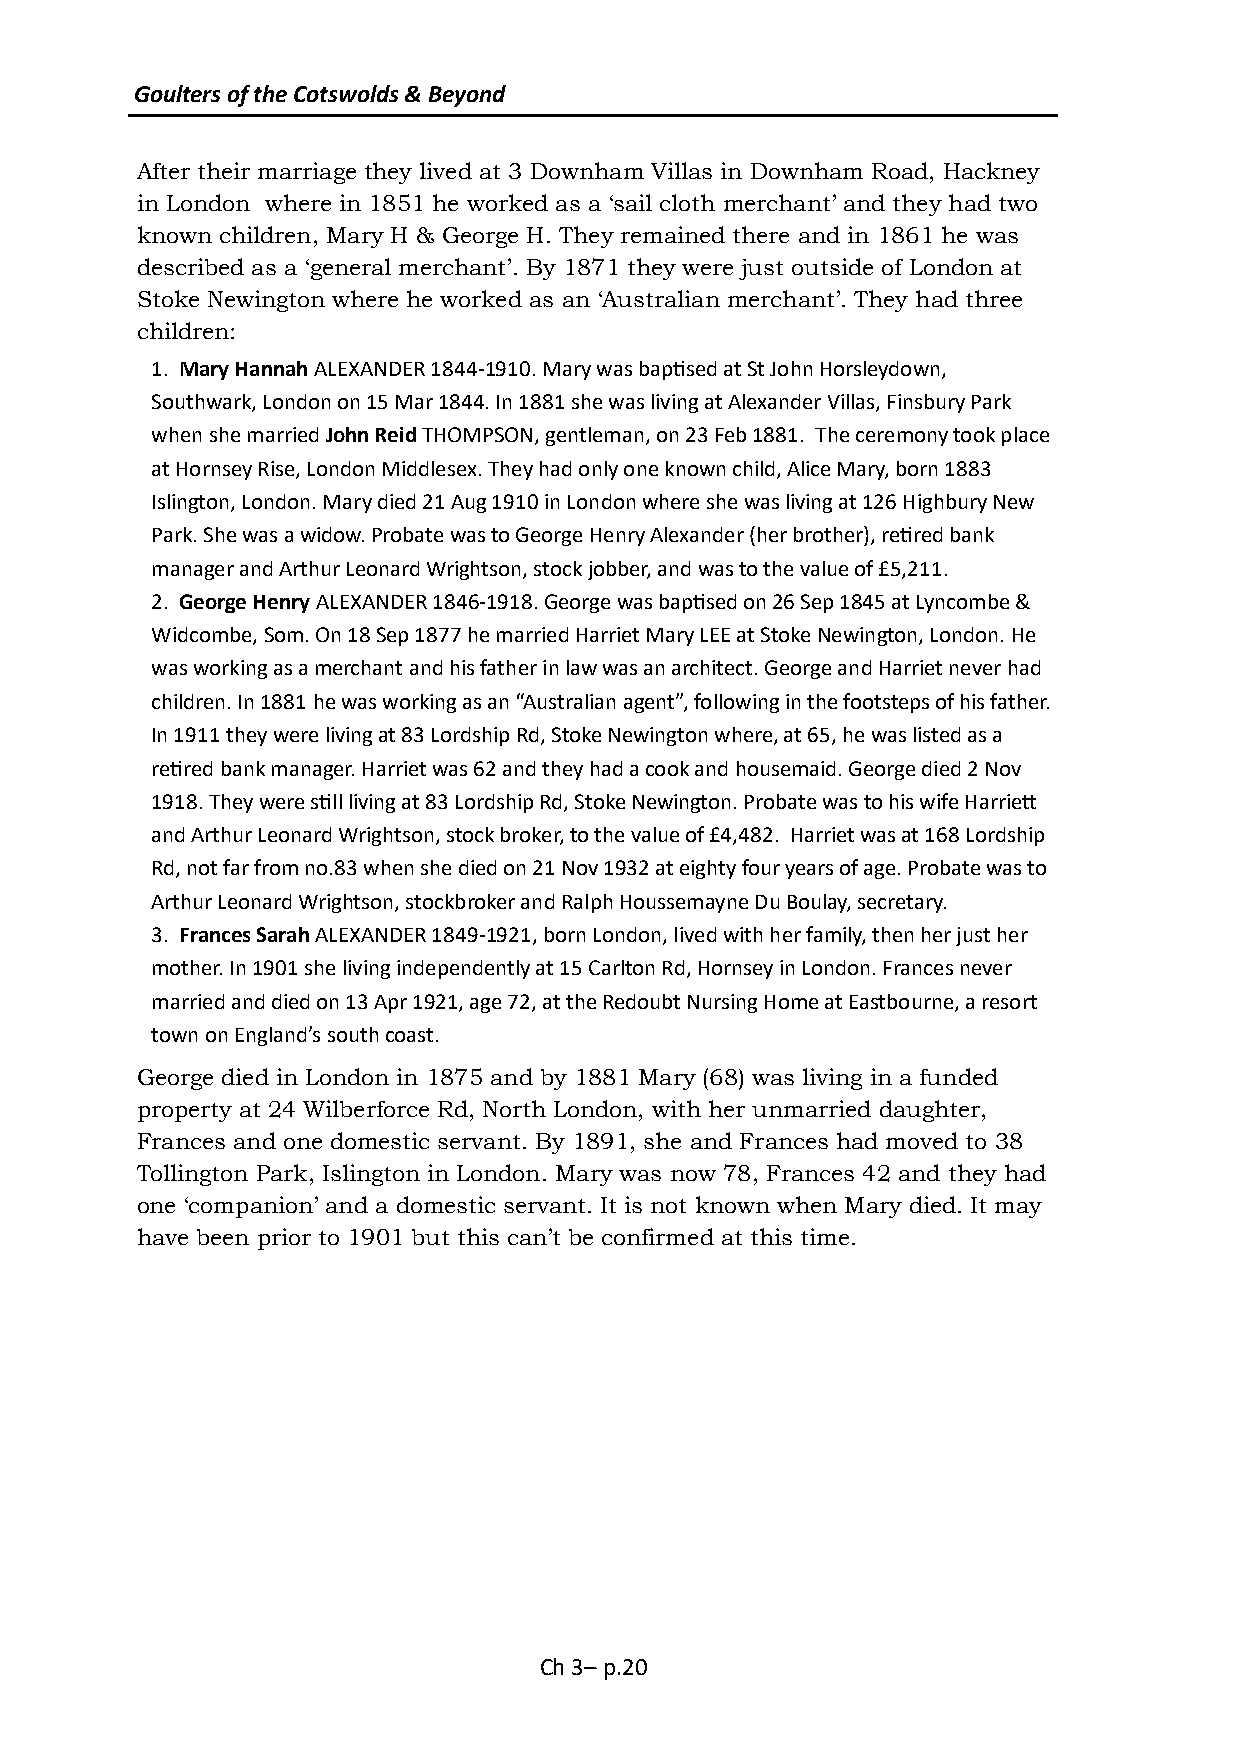
Goulters of the Cotswolds & Beyond
 After their marriage they lived at 3 Downham Villas in Downham Road, Hackney
 in London where in 1851 he worked as a ‘sail cloth merchant’ and they had two
 known children, Mary H & George H. They remained there and in 1861 he was
 described as a ‘general merchant’. By 1871 they were just outside of London at
 Stoke Newington where he worked as an ‘Australian merchant’. They had three
 children:
 1. Mary Hannah ALEXANDER 1844-1910. Mary was baptised at St John Horsleydown,
 Southwark, London on 15 Mar 1844. In 1881 she was living at Alexander Villas, Finsbury Park
 when she married John Reid THOMPSON, gentleman, on 23 Feb 1881. The ceremony took place
 at Hornsey Rise, London Middlesex. They had only one known child, Alice Mary, born 1883
 Islington, London. Mary died 21 Aug 1910 in London where she was living at 126 Highbury New
 Park. She was a widow. Probate was to George Henry Alexander (her brother), retired bank
 manager and Arthur Leonard Wrightson, stock jobber, and was to the value of £5,211.
 2. George Henry ALEXANDER 1846-1918. George was baptised on 26 Sep 1845 at Lyncombe &
 Widcombe, Som. On 18 Sep 1877 he married Harriet Mary LEE at Stoke Newington, London. He
 was working as a merchant and his father in law was an architect. George and Harriet never had
 children. In 1881 he was working as an “Australian agent”, following in the footsteps of his father.
 In 1911 they were living at 83 Lordship Rd, Stoke Newington where, at 65, he was listed as a
 retired bank manager. Harriet was 62 and they had a cook and housemaid. George died 2 Nov
 1918. They were still living at 83 Lordship Rd, Stoke Newington. Probate was to his wife Harriett
 and Arthur Leonard Wrightson, stock broker, to the value of £4,482. Harriet was at 168 Lordship
 Rd, not far from no.83 when she died on 21 Nov 1932 at eighty four years of age. Probate was to
 Arthur Leonard Wrightson, stockbroker and Ralph Houssemayne Du Boulay, secretary.
 3. Frances Sarah ALEXANDER 1849-1921, born London, lived with her family, then her just her
 mother. In 1901 she living independently at 15 Carlton Rd, Hornsey in London. Frances never
 married and died on 13 Apr 1921, age 72, at the Redoubt Nursing Home at Eastbourne, a resort
 town on England’s south coast.
 George died in London in 1875 and by 1881 Mary (68) was living in a funded
 property at 24 Wilberforce Rd, North London, with her unmarried daughter,
 Frances and one domestic servant. By 1891, she and Frances had moved to 38
 Tollington Park, Islington in London. Mary was now 78, Frances 42 and they had
 one ‘companion’ and a domestic servant. It is not known when Mary died. It may
 have been prior to 1901 but this can’t be confirmed at this time.
 Ch 3– p.20